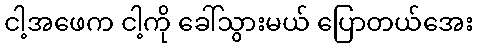
ငါ့အဖေက ငါ့ကို ခေါ်သွားမယ် ပြောတယ်အေး